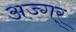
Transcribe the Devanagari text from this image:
अज्गर्